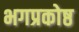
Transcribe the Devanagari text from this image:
भगप्रकोष्ठ